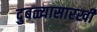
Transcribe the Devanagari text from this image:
दुबळ्यासारखी